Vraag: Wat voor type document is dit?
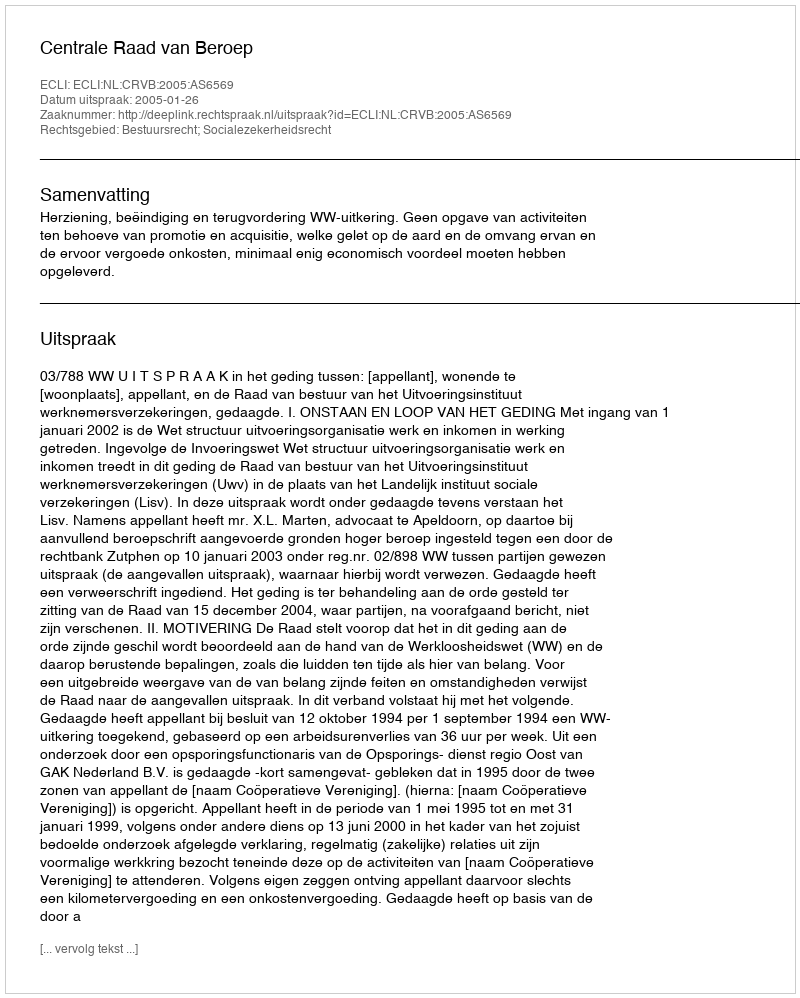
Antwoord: Uitspraak